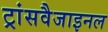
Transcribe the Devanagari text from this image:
ट्रांसवैजाइनल